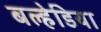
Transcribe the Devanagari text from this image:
बल्हेडिया